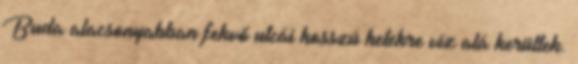
Buda alacsonyabban fekvő utcái hosszú hetekre víz alá kerültek.